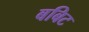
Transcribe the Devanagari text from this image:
बबिट